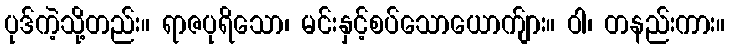
ပုဒ်ကဲ့သို့တည်း။ ရာဇပုရိသော၊ မင်းနှင့်စပ်သောယောက်ျား။ ဝါ၊ တနည်းကား။